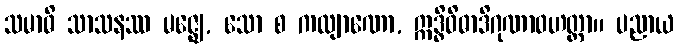
သမာဓိ သာသနဿ မဇ္ဈေ, သော စ ကလျာဏော, ဣဒ္ဓိဝိဓာဒိဂုဏာဝဟတ္တာ။ ပညာယ